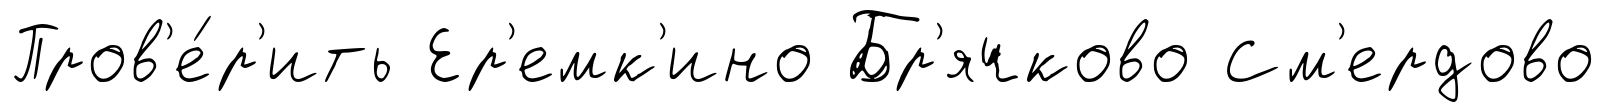
Пров'е́р'ить Ер'емк'ино Бр'ячково См'ердово